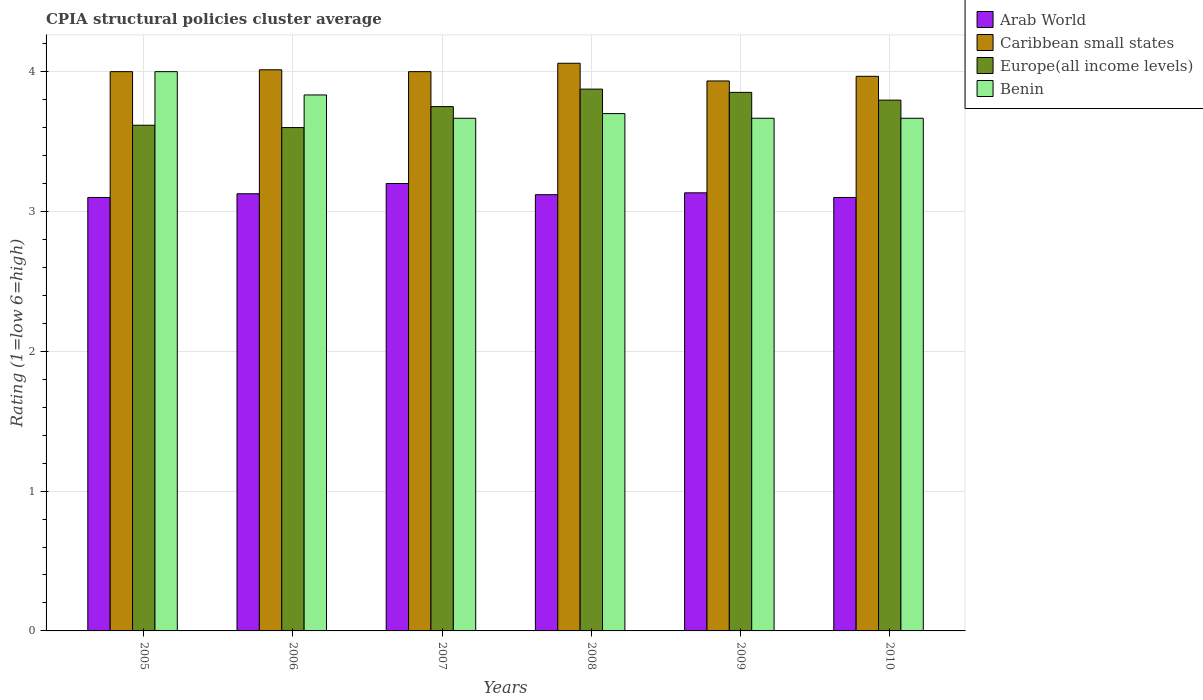
| Years | Arab World | Caribbean small states | Europe(all income levels) | Benin |
 | --- | --- | --- | --- | --- |
 | 2005 | 3.1 | 4 | 3.62 | 4 |
 | 2006 | 3.13 | 4.01 | 3.6 | 3.83 |
 | 2007 | 3.2 | 4 | 3.75 | 3.67 |
 | 2008 | 3.12 | 4.06 | 3.88 | 3.7 |
 | 2009 | 3.13 | 3.93 | 3.85 | 3.67 |
 | 2010 | 3.1 | 3.97 | 3.8 | 3.67 |